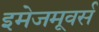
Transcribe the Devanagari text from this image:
इमेजमूवर्स